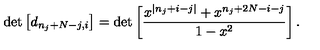
\det \left[ d _ { n _ { j } + N - j , i } \right] = \det \left[ \frac { x ^ { | n _ { j } + i - j | } + x ^ { n _ { j } + 2 N - i - j } } { 1 - x ^ { 2 } } \right] .